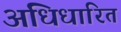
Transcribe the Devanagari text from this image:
अधिधारित